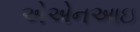
એએનઆઇ